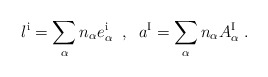
\begin{align*}l^{\rm i}=\sum_\alpha n_\alpha {e_\alpha^{\rm i}} \;\;,\;\;a^{\rm I}=\sum_\alpha n_\alpha A_\alpha^{\rm I} \;.\end{align*}